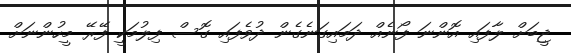
ޖީބަށް ލާފައި އޮންނަ ފޯނެއް ދަމައިގަނެގެން ދުވެފައި ގޮސް ފިލުމަކީ ފޭރޭ މީހުންނަށް